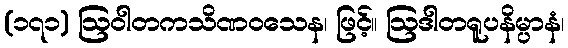
(၁၇၁) ဩဝါတကသိဏဝသေန၊ ဖြင့်။ ဩဒါတရူပနိမ္ပာနံ၊